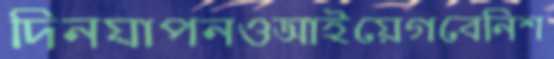
দিনযাপনওআইয়েগবেনিশ